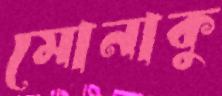
মোনাকু